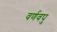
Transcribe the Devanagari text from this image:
वर्णवपु